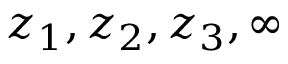
z _ { 1 } , z _ { 2 } , z _ { 3 } , \infty